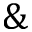
\&